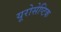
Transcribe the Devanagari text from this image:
यूरोसेप्टिक